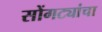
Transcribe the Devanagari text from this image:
सोंगट्यांचा